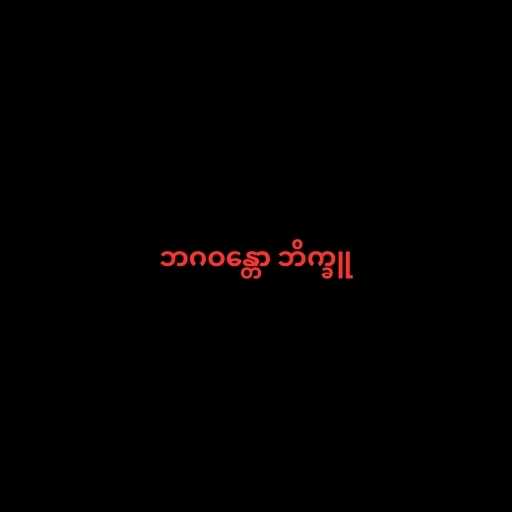
ဘဂဝန္တော ဘိက္ခူ